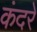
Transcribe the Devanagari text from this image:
कंदरे